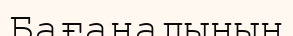
Бағаналынын